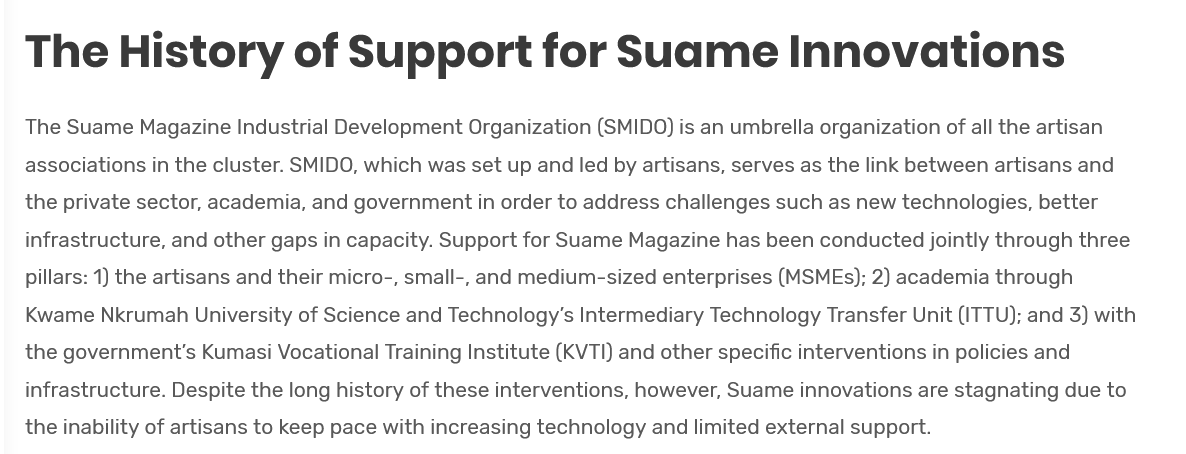
The  History    of   Support    for    Suame    Innovations
   The Suame Magazine Industrial Development Organization (SMIDO) is an umbrella organization of all the artisan
   associations in the cluster. SMIDO, which was set up and led by artisans, serves as the link between artisans and
   the private sector, academia, and government in order to address challenges such as new technologies, better
   infrastructure, and other gaps in capacity. Support for Suame Magazine has been conducted jointly through three
   pillars: 1) the artisans and their micro-, small-, and medium-sized enterprises (MSMEs); 2) academia through
   Kwame  Nkrumah University of Science and Technology's Intermediary Technology Transfer Unit (ITTU); and 3) with
   the government's Kumasi Vocational Training Institute (KVTI) and other specific interventions in policies and
   infrastructure. Despite the long history of these interventions, however, Suame innovations are stagnating due to
   the inability of artisans to keep pace with increasing technology and limited external support.